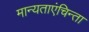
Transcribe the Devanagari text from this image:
मान्यताएंचिन्ता